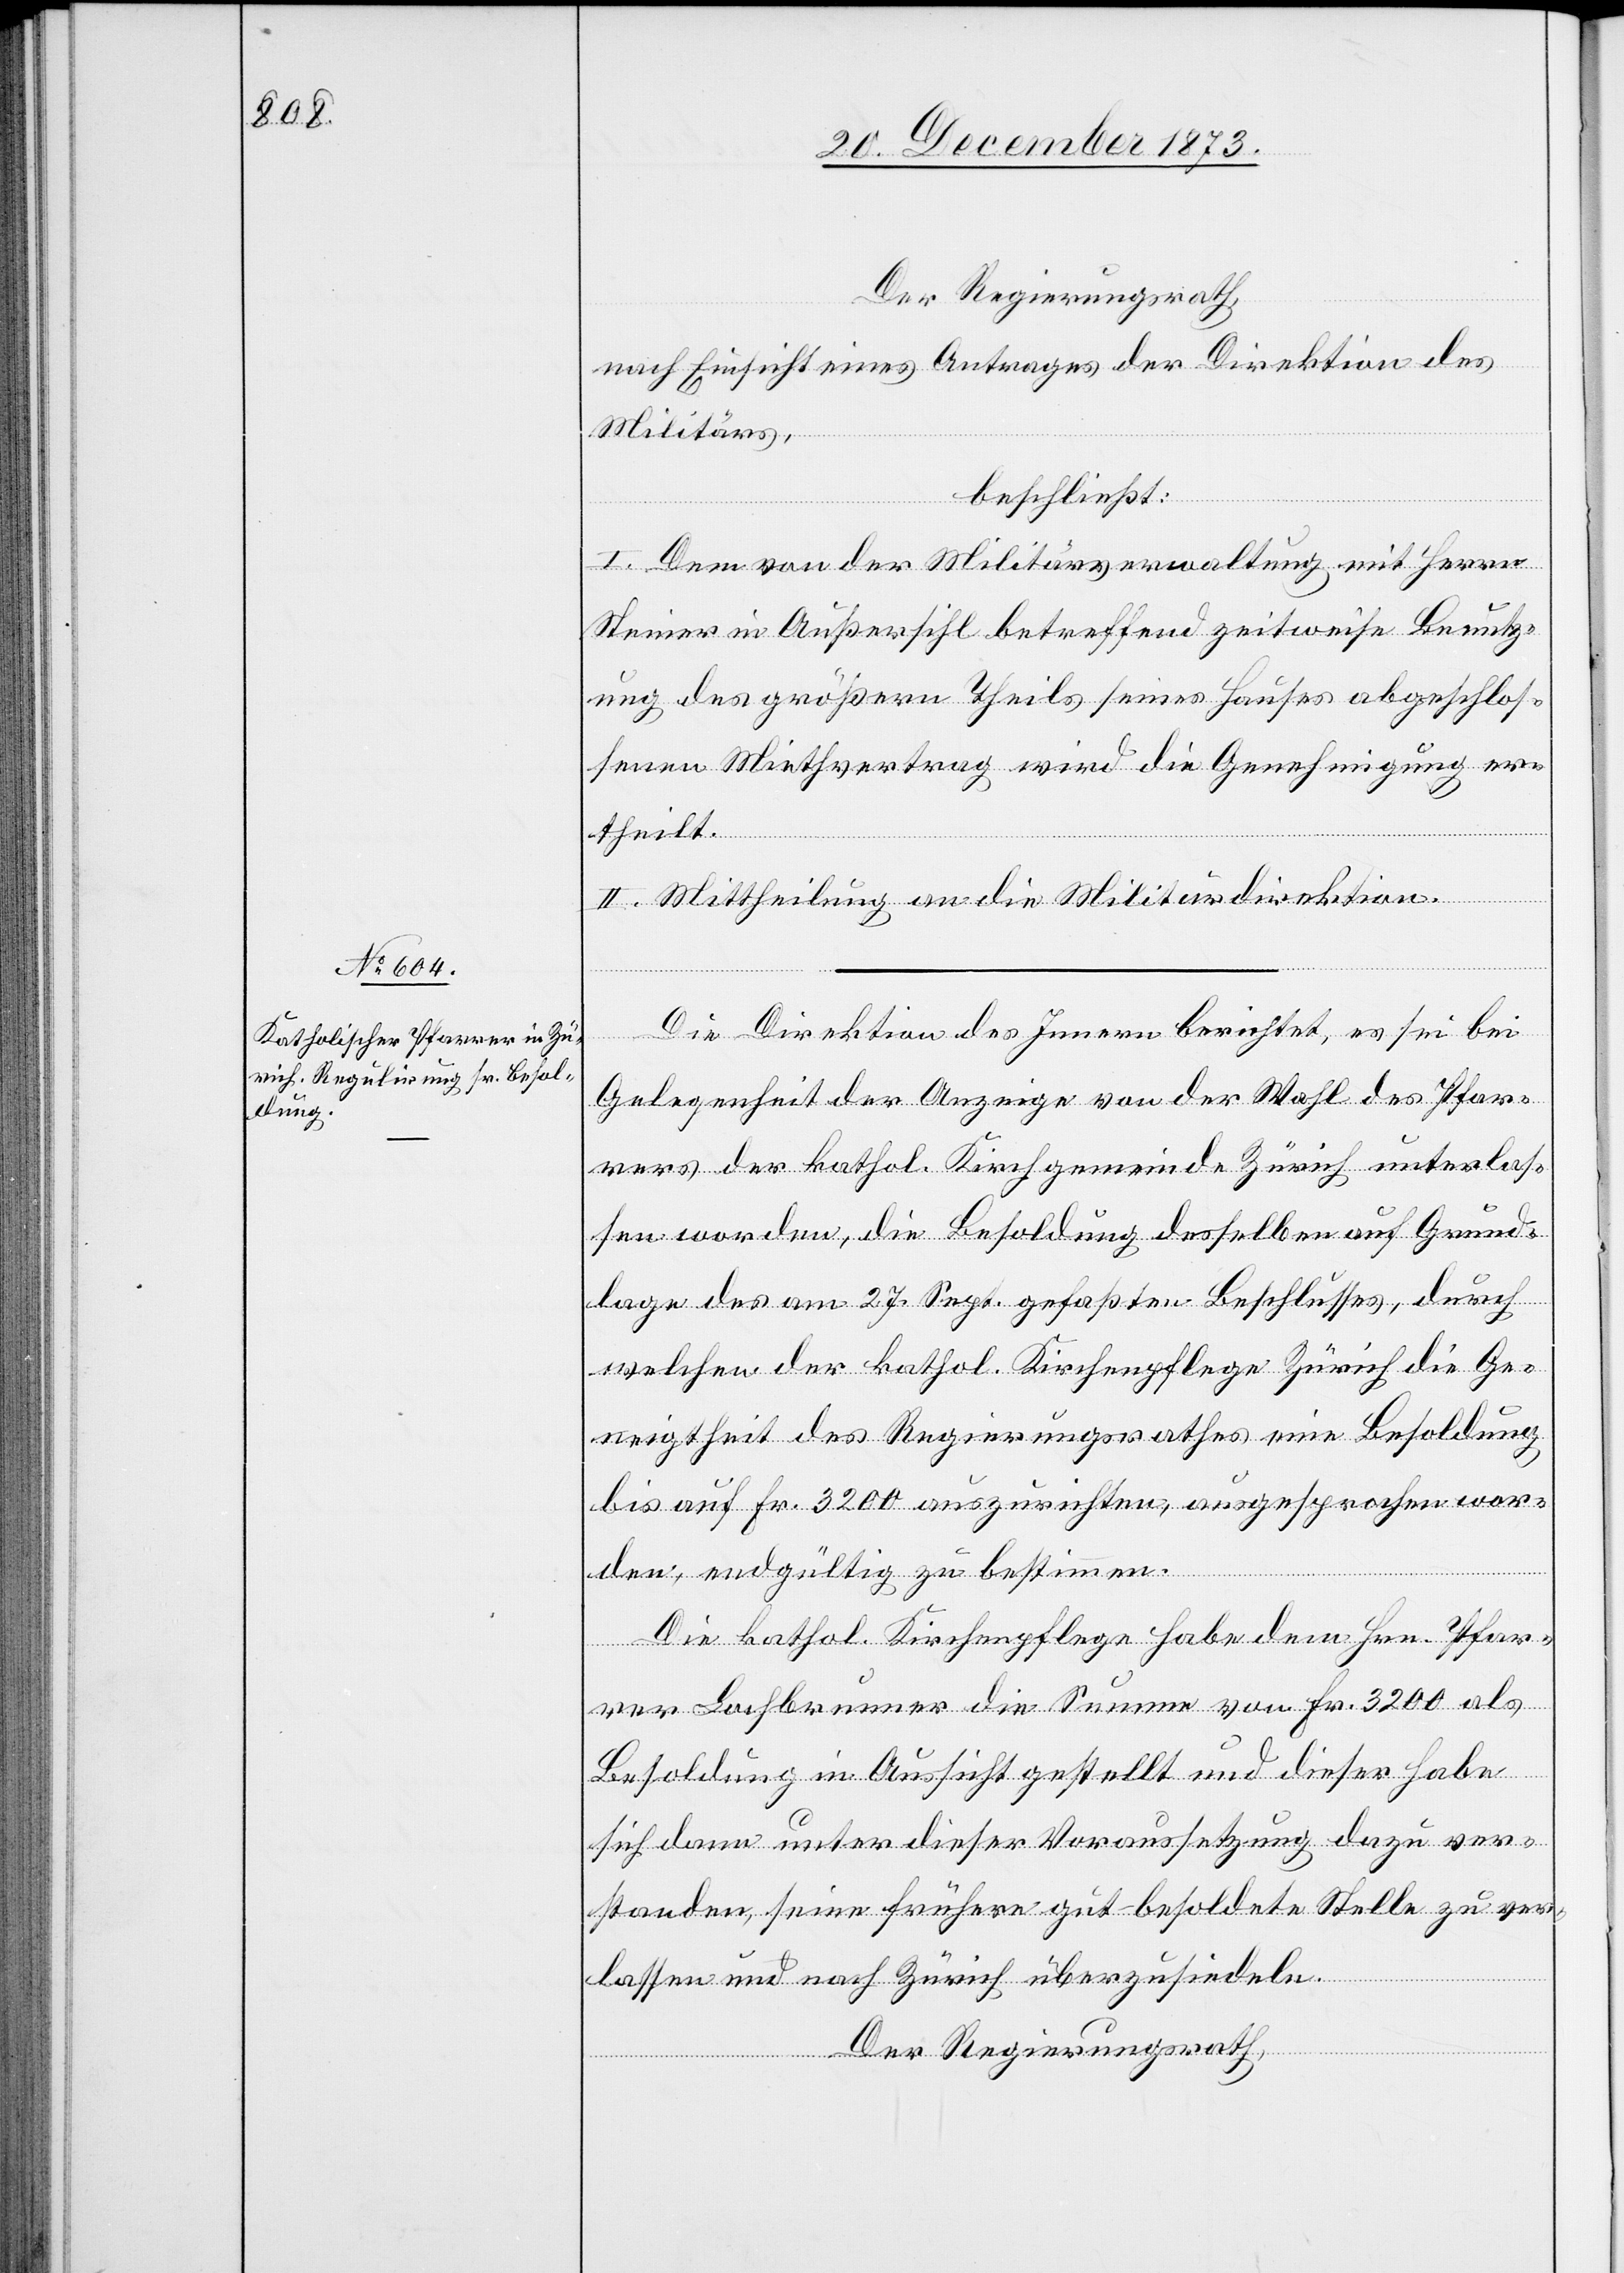
Der Regierungsrath,
nach Einsicht eines Antrages der Direktion des
Militärs,
beschließt:
I. Dem von der Militärverwaltung mit Herrn
Steiner in Außersihl betreffend zeitweise Benutz¬
ung des größern Theils seines Hauses abgeschlos¬
senen Miethvertrag wird die Genehmigung er¬
theilt.
II. Mittheilung an die Militärdirektion.
Die Direktion des Innern berichtet, es sei bei
Gelegenheit der Anzeige von der Wahl des Pfar¬
rers der kathol. Kirchgemeinde Zürich unterlas¬
sen worden, die Besoldung desselben auf Grund¬
lage des am 27. Sept. gefaßten Beschlusses, durch
welchen der kathol. Kirchenpflege Zürich die Ge¬
neigtheit des Regierungsrathes eine Besoldung
bis auf Fr. 3 200 auszurichten, ausgesprochen wor¬
den, endgültig zu bestimmen.
Die kathol. Kirchenpflege habe dem Hrn. Pfar¬
rer Lochbrunner die Summe von Fr. 3 200 als
Besoldung in Aussicht gestellt und dieser habe
sich dann unter dieser Voraussetzung dazu ver¬
standen, seine frühere gut besoldete Stelle zu ver¬
lassen und nach Zürich überzusiedeln.
Der Regierungsrath,